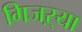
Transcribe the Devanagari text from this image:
गिजऱ्या